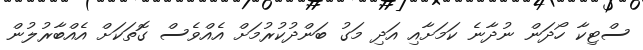
ސްޓިކާ ހޯދަން ނުދާނެ ކަމަށާއި އަދި މަގު ބަންދުކުރުމަށް އެއްވެސް ގޮތަކަށް އެއްބާރުލުން